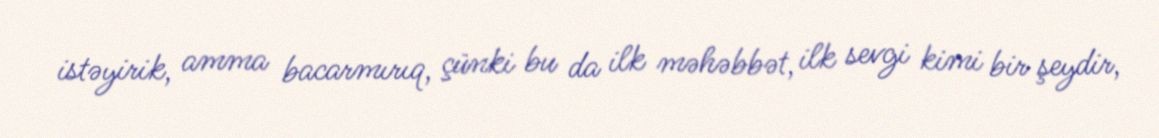
istəyirik, amma bacarmırıq, çünki bu da ilk məhəbbət, ilk sevgi kimi bir şeydir,